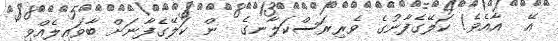
އޭ  އާއެވެ! ކަލޭގެފާނުގެ ވެރިރަސްކަލާނގެ  ން ކަލޭގެފާނަށް ބާވައިލެއްވި